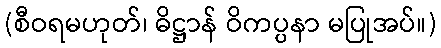
(စီဝရမဟုတ်၊ ဓိဋ္ဌာန် ဝိကပ္ပနာ မပြုအပ်။)